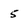
Character: 5